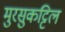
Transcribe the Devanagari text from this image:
मुरसुकट्टिल